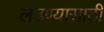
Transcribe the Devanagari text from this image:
लढण्यासाठीं